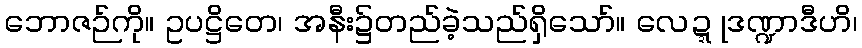
ဘောဇဉ်ကို။ ဥပဋ္ဌိတေ၊ အနီး၌တည်ခဲ့သည်ရှိသော်။ လေဍ္ဍုဒဏ္ဍာဒီဟိ၊